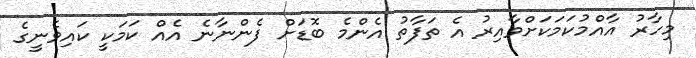
މިހާރު އާއްމުކަމަކަށްވާއިރު އެ ތަފާތު އެންމެ ބޮޑަށް ފެންނާނެ އެއް ކަމަކީ ކައިވެނީގެ